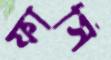
ফাসিঁ